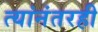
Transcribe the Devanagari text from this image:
त्यांनंतरही